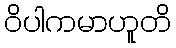
ဝိပါကမာဟူတိ